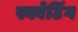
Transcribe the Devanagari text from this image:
स्क्वेटिंग